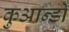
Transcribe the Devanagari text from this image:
कुआन्डो